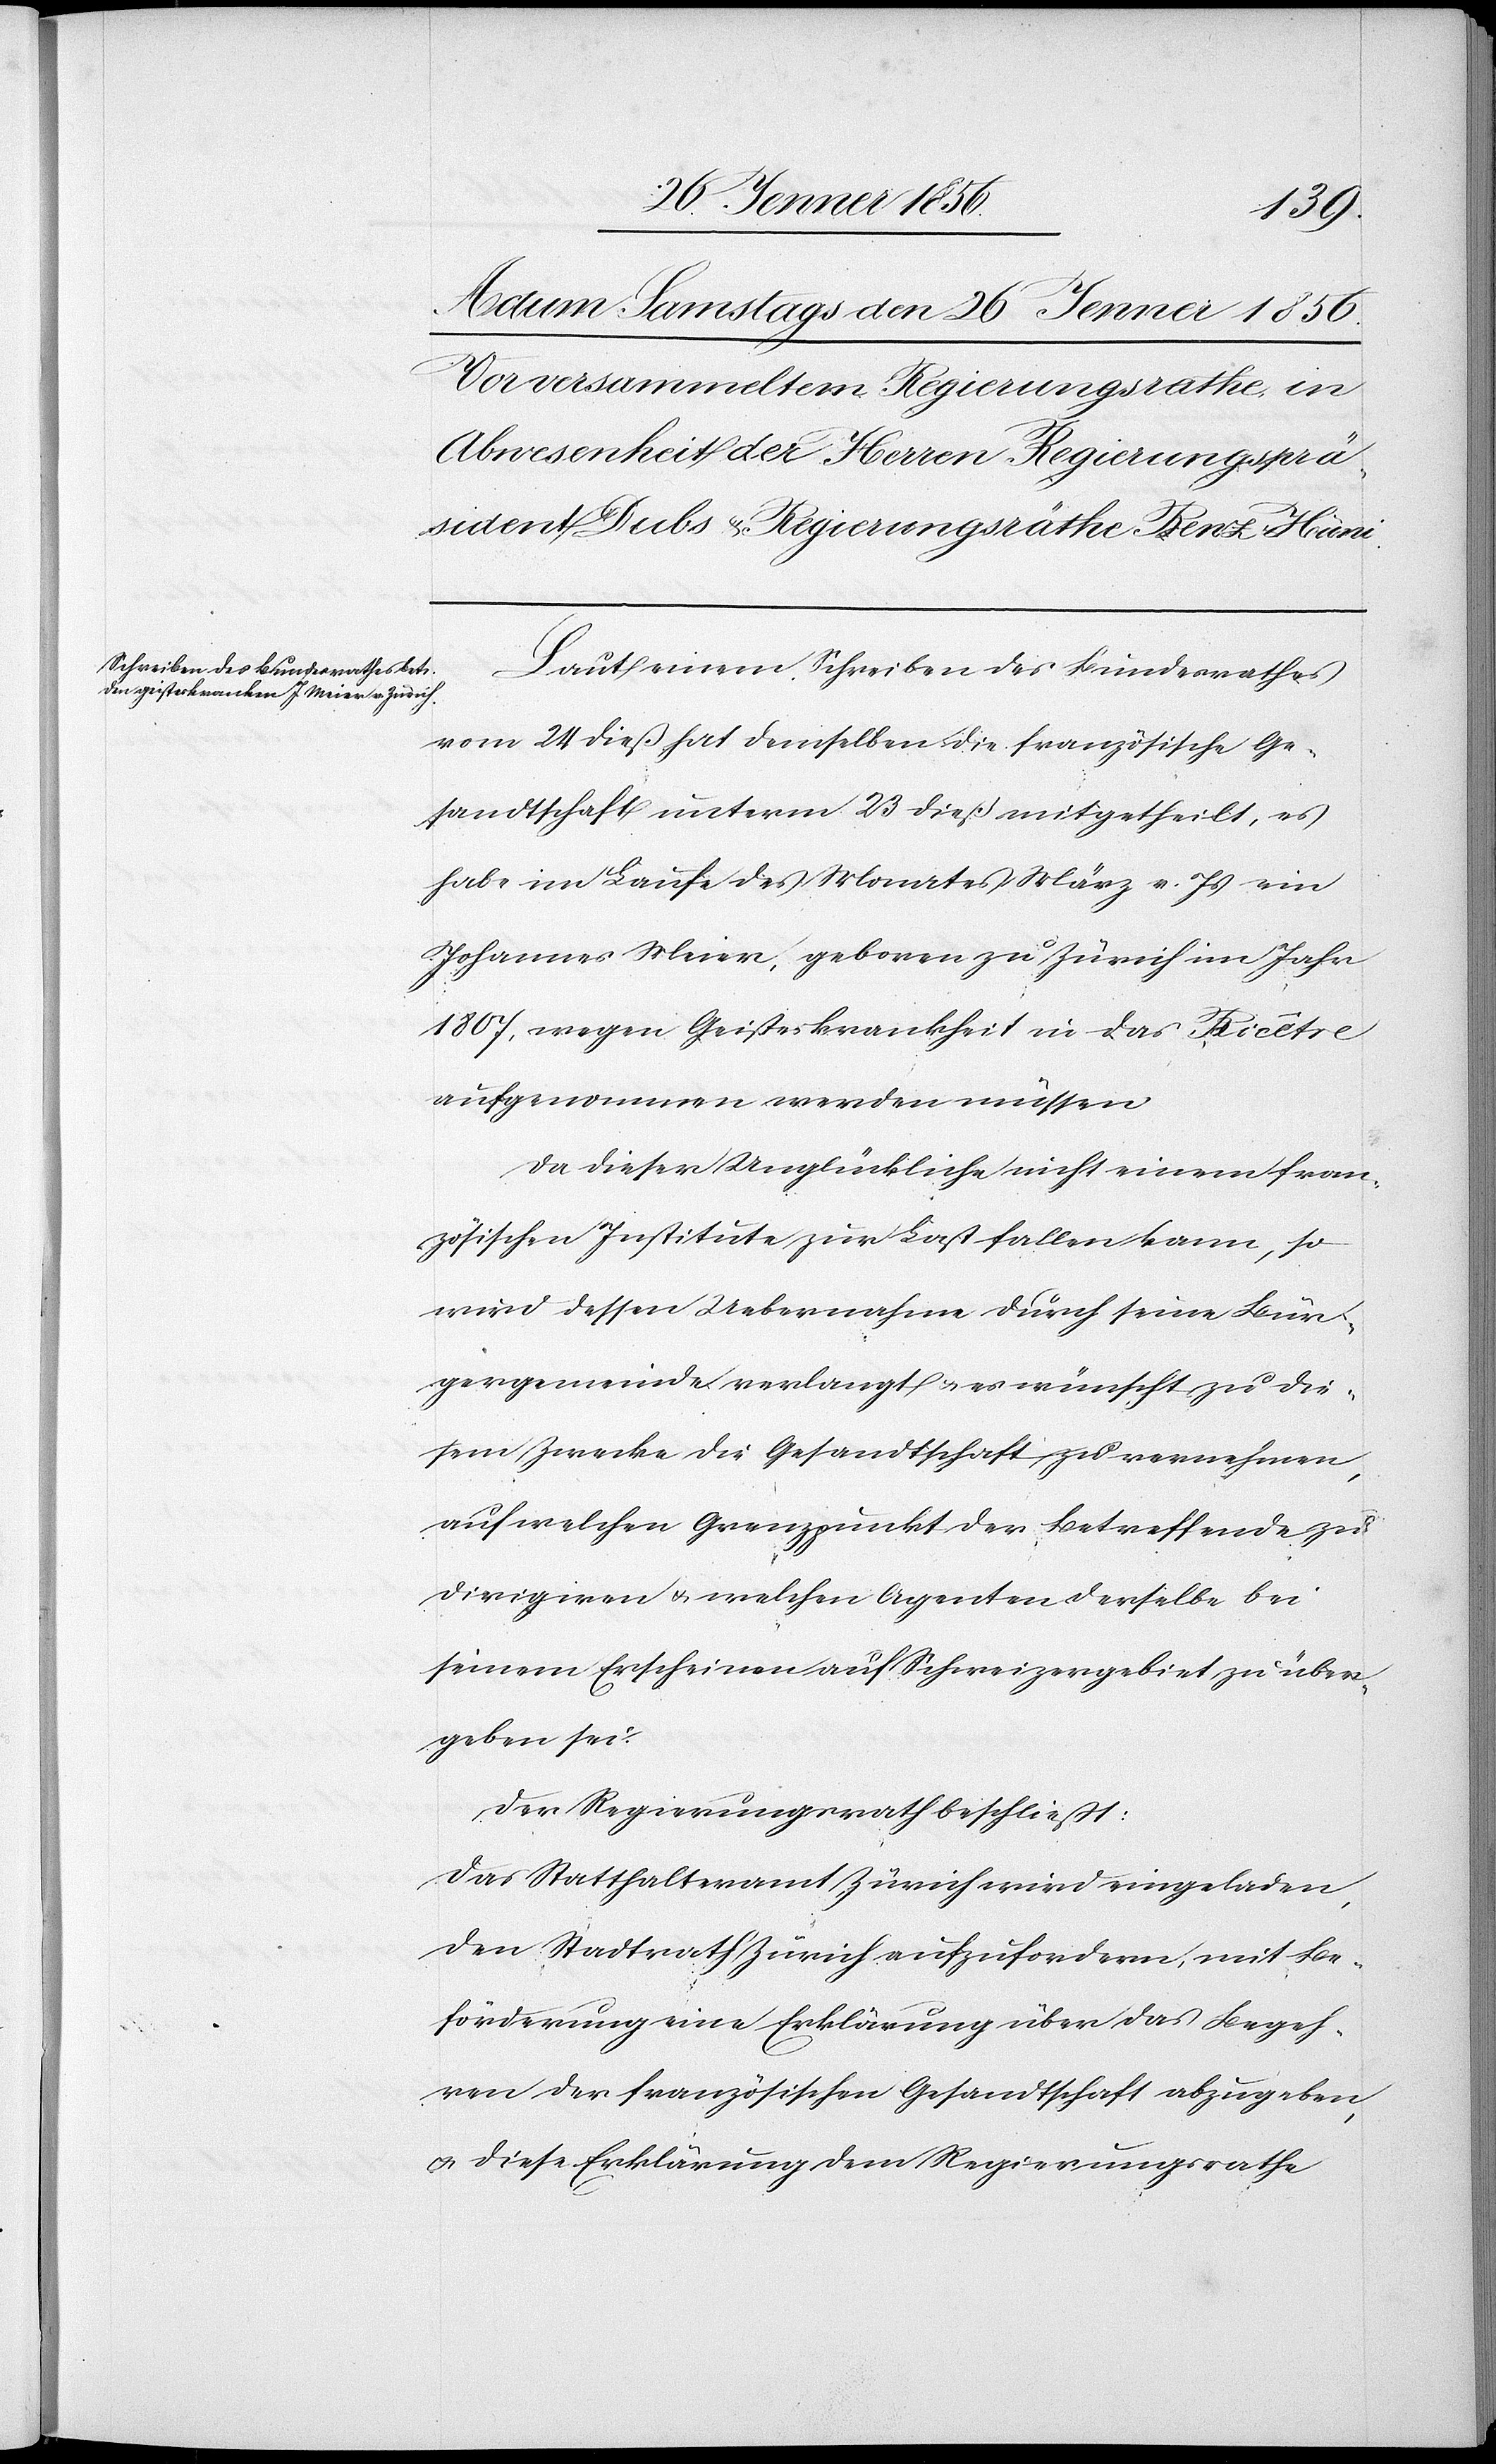
Laut einem Schreiben des Bundesrathes
vom 24 dieß hat demselben die französische Ge¬
sandtschaft unterm 23 dieß mitgetheilt, es
habe im Laufe des Monates März v. Js ein
Johannes Meier, geboren zu Zürich im Jahr
1807, wegen Geisteskrankheit in das Bicetre
aufgenommen werden müssen
Da dieser Unglückliche nicht einem fran¬
zösischen Justituta zur Last fallen kann, so
wird dessen Uebernahme durch seine Bür¬
gergemeinde verlangt u. es wünscht zu die¬
sem Zwecke die Gesandtschaft zu vernehmen,
auf welchen Grenzpunkt der Betreffende zu
dirigiren u. welchen Agenten derselbe bei
seinem Erscheinen auf Schweizergebiet zu über¬
geben sei.
Der Regierungsrath beschließt:
Das Statthalteramt Zürich wird eingeladen,
den Stadtrath Zürich aufzufordern, mit Be¬
förderung eine Erklärung über das Begeh¬
ren der französischen Gesandtschaft abzugeben,
u. diese Erklärung dem Regierungsrathe